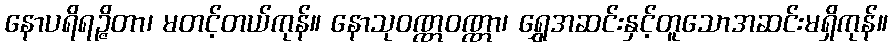
နောပရိရဉ္ဇိတာ၊ မတင့်တယ်ကုန်။ နောသုဝဏ္ဏဝဏ္ဏာ၊ ရွှေအဆင်းနှင့်တူသောအဆင်းမရှိကုန်။